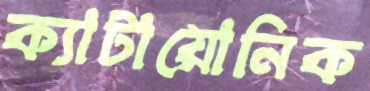
ক্যাটায়োনিক